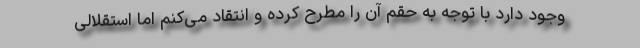
وجود دارد با توجه به حقم آن را مطرح کرده و انتقاد می‌کنم اما استقلالی